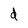
Character: d